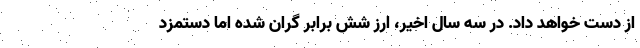
از دست خواهد داد. در سه سال اخیر، ارز شش برابر گران شده اما دستمزد